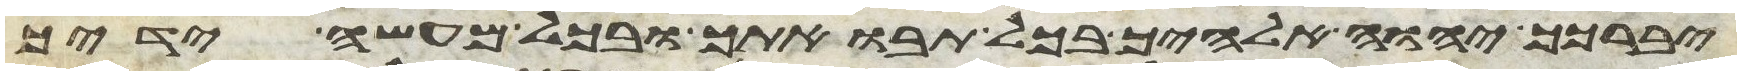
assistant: יברכך יהוה אלהיך בכל תבואתך ובכל מעשה ידיך